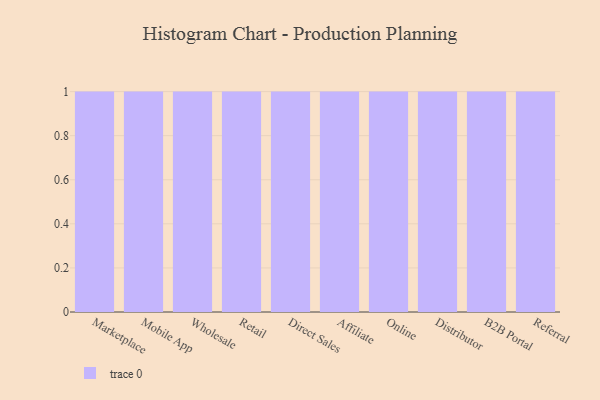
{"axis": {"x": "Channel", "y": "Satisfaction Score"}, "legend": [""], "data": [{"x": "Marketplace", "y": 99, "type": ""}, {"x": "Mobile App", "y": 49, "type": ""}, {"x": "Wholesale", "y": 100, "type": ""}, {"x": "Retail", "y": 8, "type": ""}, {"x": "Direct Sales", "y": 66, "type": ""}, {"x": "Affiliate", "y": 99, "type": ""}, {"x": "Online", "y": 56, "type": ""}, {"x": "Distributor", "y": 81, "type": ""}, {"x": "B2B Portal", "y": 86, "type": ""}, {"x": "Referral", "y": 26, "type": ""}]}